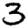
Digit: 3